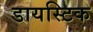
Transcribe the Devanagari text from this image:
डायस्टिक